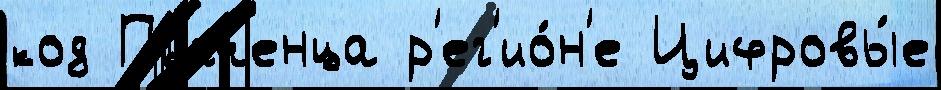
код Пьяченца р'ег'ио́н'е Цифровы́е